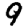
Digit: 9